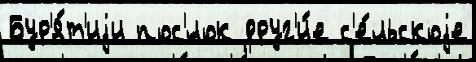
Бур'я́т'иjи пос'́лок друг'и́е с'е́льскоjе